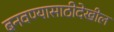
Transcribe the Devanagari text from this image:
बनवण्यासाठीदेखील